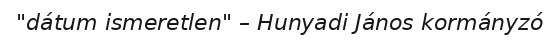
"dátum ismeretlen" – Hunyadi János kormányzó